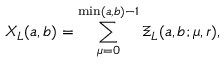
X _ { L } ( a , b ) = \sum _ { \mu = 0 } ^ { \operatorname * { m i n } ( a , b ) - 1 } \Xi _ { L } ( a , b ; \mu , r ) ,